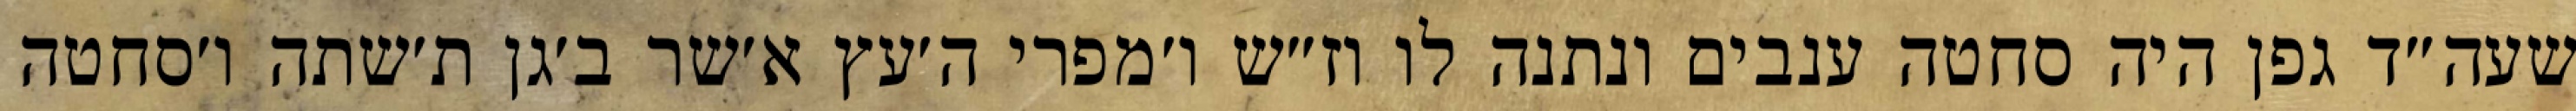
שעה״ד גפן היה סחטה ענבים ונתנה לו וז״ש ו׳מפרי ה׳עץ א׳שר ב׳גן ת׳שתה ו׳סחטה